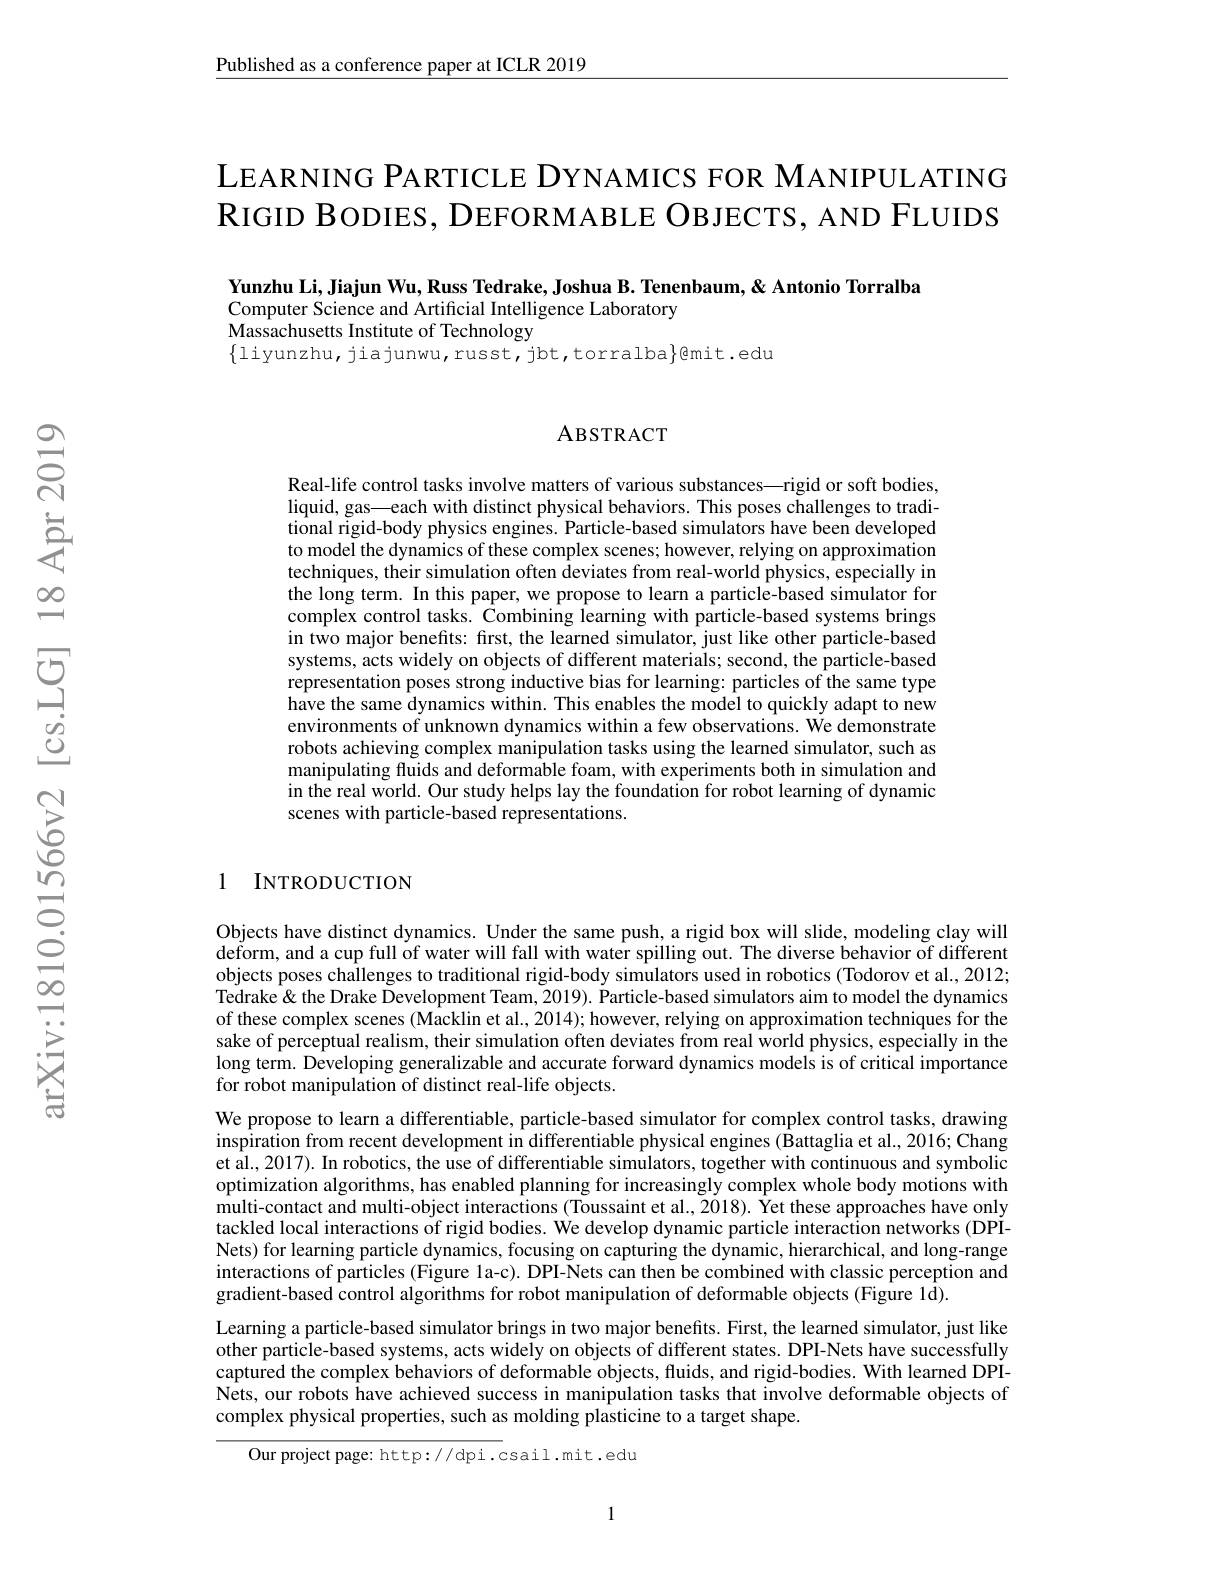
$\underline{\text{Published as a conference paper at ICLR 2019}}$

LEARNING PARTICLE DYNAMICS FOR MANIPULATING RIGID BODIES, DEFORMABLE OBJECTS, AND FLUIDS

Yunzhu Li, Jiajun Wu, Russ Tedrake, Joshua B. Tenenbaum, & Antonio Torralba
Computer Science and Artificial Intelligence Laboratory
Massachusetts Institute of Technology
$\{$liyunzhu,jiajunwu,russt,jbt,torralba$\}$@mit.edu

### ABSTRACT

Real-life control tasks involve matters of various substances—rigid or soft bodies, liquid, gas——each with distinct physical behaviors. This poses challenges to traditional rigid-body physics engines. Particle-based simulators have been developed to model the dynamics of these complex scenes; however, relying on approximation techniques, their simulation often deviates from real-world physics, especially in the long term. In this paper, we propose to learn a particle-based simulator for complex control tasks. Combining learning with particle-based systems brings in two major benefits: first, the learned simulator, just like other particle-based systems, acts widely on objects of different materials; second, the particle-based representation poses strong inductive bias for learning: particles of the same type have the same dynamics within. This enables the model to quickly adapt to new environments of unknown dynamics within a few observations. We demonstrate robots achieving complex manipulation tasks using the learned simulator, such as manipulating fluids and deformable foam, with experiments both in simulation and in the real world. Our study helps lay the foundation for robot learning of dynamic scenes with particle-based representations.

### 1 INTRODUCTION

Objects have distinct dynamics. Under the same push, a rigid box will slide, modeling clay will deform, and a cup full of water will fall with water spilling out. The diverse behavior of different objects poses challenges to traditional rigid-body simulators used in robotics (Todorov et al., 2012; Tedrake &the Drake Development Team, 2019). Particle-based simulators aim to model the dynamics of these complex scenes (Macklin et al., 2014); however, relying on approximation techniques for the sake of perceptual realism, their simulation often deviates from real world physics, especially in the long term. Developing generalizable and accurate forward dynamics models is of critical importance for robot manipulation of distinct real-life objects.
We propose to learn a differentiable, particle-based simulator for complex control tasks, drawing inspiration from recent development in differentiable physical engines (Battaglia et al., 2016; Chang et al., 2017). In robotics, the use of differentiable simulators, together with continuous and symbolic optimization algorithms, has enabled planning for increasingly complex whole body motions with multi-contact and multi-object interactions (Toussaint et al., 2018). Yet these approaches have only tackled local interactions of rigid bodies. We develop dynamic particle interaction networks (DPINets) for learning particle dynamics, focusing on capturing the dynamic, hierarchical, and long-range interactions of particles (Figure la-c). DPI-Nets can then be combined with classic perception and gradient-based control algorithms for robot manipulation of deformable objects (Figure 1$\hat{\mathrm{d}}).$
Learning a particle-based simulator brings in two major benefits. First, the learned simulator, just like other particle-based systems, acts widely on objects of different states. DPI-Nets have successfully captured the complex behaviors of deformable objects, fluids, and rigid-bodies. With learned DPINets, our robots have achieved success in manipulation tasks that involve deformable objects of complex physical properties, such as molding plasticine to a target shape.

Our project page: http://dpi.csail.mit.edu

1